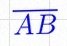
\overline{AB}